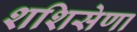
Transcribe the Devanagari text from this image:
शशिसेणा